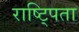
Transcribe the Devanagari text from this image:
राष्ट्पिता